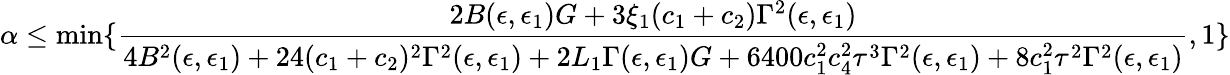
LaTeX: \alpha\le\operatorname*{min}\{ \frac{2B(\epsilon,\epsilon_{1})G+3\xi_{1}(c_{1}+c_{2})\Gamma^{2}(\epsilon,\epsilon_{1})}{4B^{2}(\epsilon,\epsilon_{1})+24(c_{1}+c_{2})^{2}\Gamma^{2}(\epsilon,\epsilon_{1})+2L_{1}\Gamma(\epsilon,\epsilon_{1})G+6400c_{1}^{2}c_{4}^{2}\tau^{3}\Gamma^{2}(\epsilon,\epsilon_{1})+8c_{1}^{2}\tau^{2}\Gamma^{2}(\epsilon,\epsilon_{1})},1\}